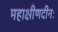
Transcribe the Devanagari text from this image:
महाक्षीणदीनः